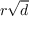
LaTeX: r { \sqrt { d } }